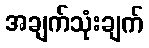
အချက်သုံးချက်